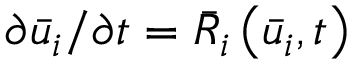
{ \partial { { \bar { u } } _ { i } } } / { { \partial t } } = { { \bar { R } } _ { i } } \left( { { { \bar { u } } _ { i } } , t } \right)